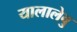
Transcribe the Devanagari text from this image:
यालालेवु